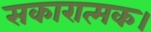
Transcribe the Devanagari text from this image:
सकारात्मक।